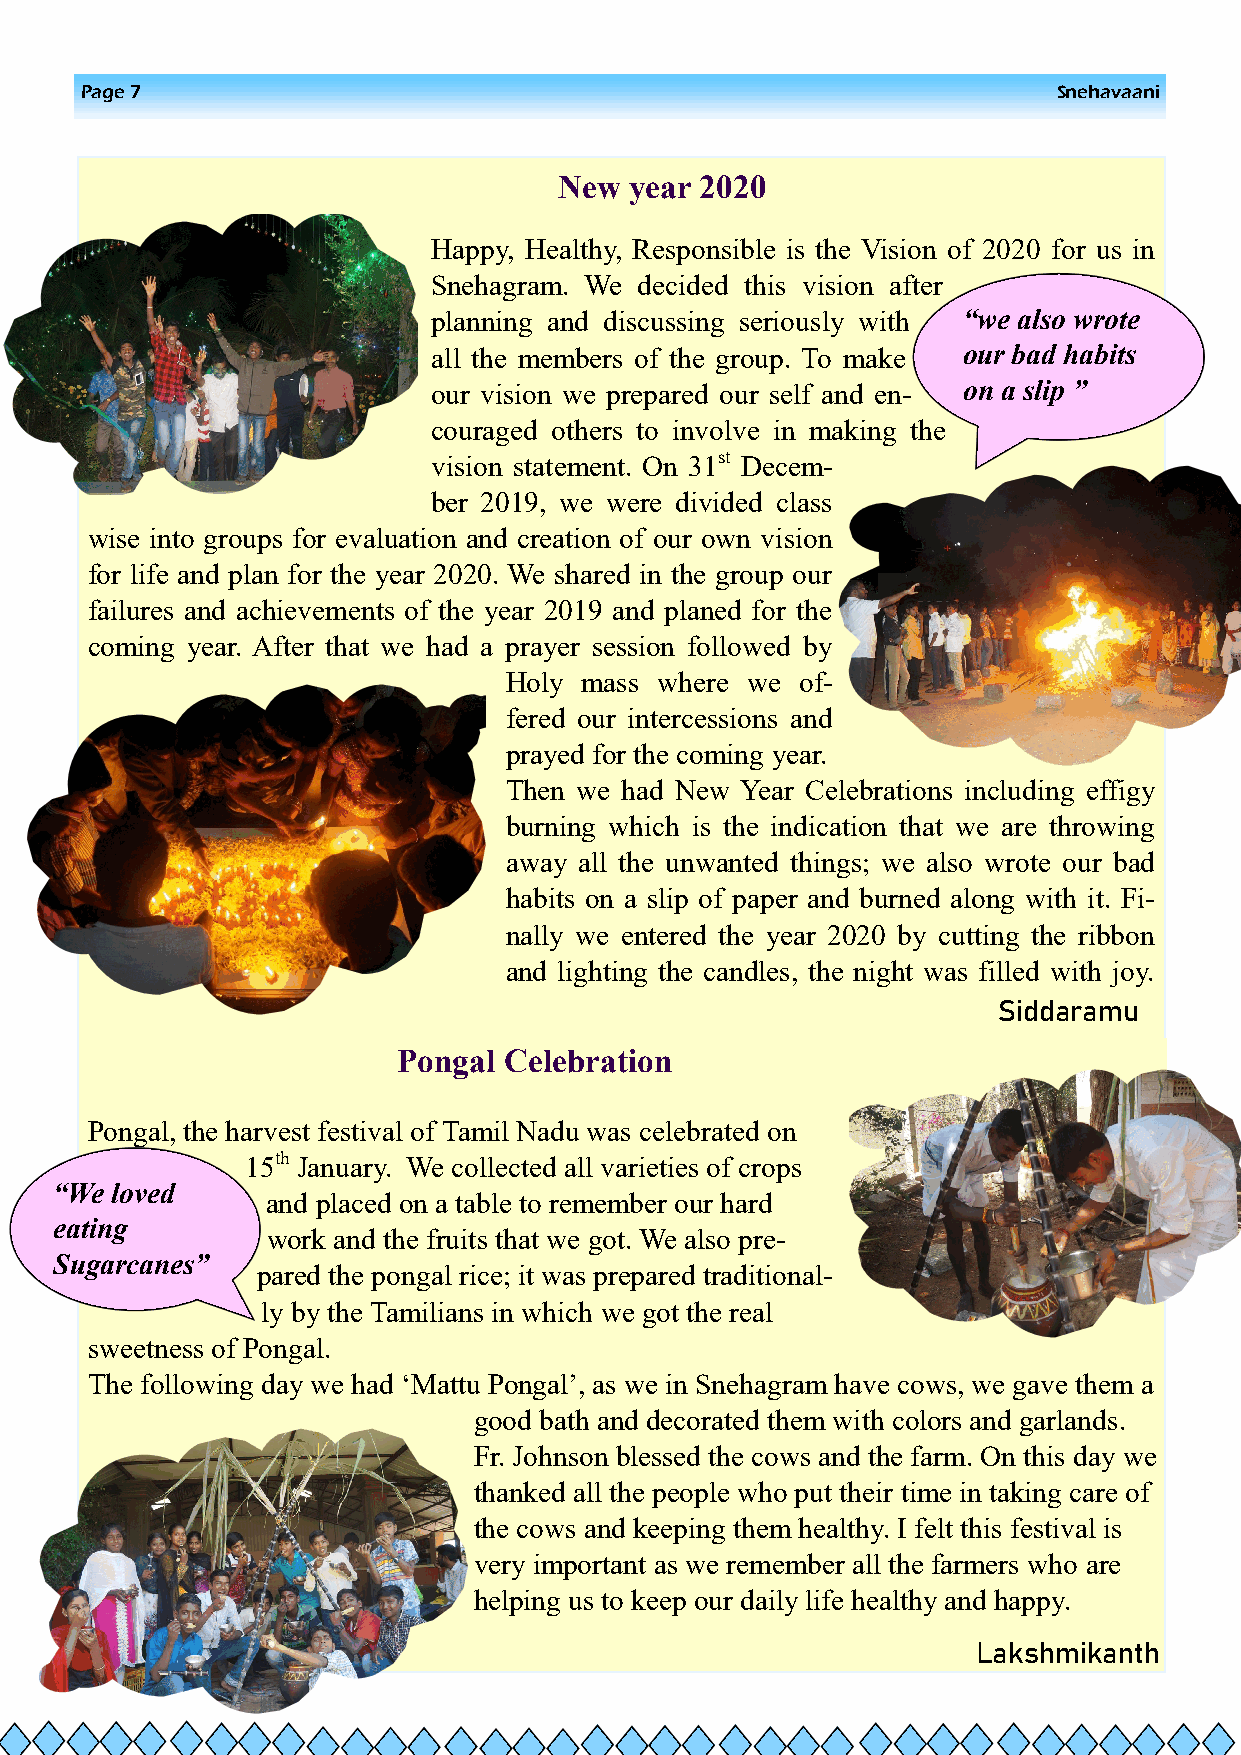
Page 7                                                           Snehavaani
 New  year 2020
 Happy, Healthy, Responsible is the Vision of 2020 for us in
 Snehagram. We decided this vision after
 planning and discussing seriously with “we also wrote
 all the members of the group. To make our bad habits
 our vision we prepared our self and en- on a slip ”
 couraged others to involve in making the
 vision statement. On 31st Decem-
 ber 2019, we were divided class
 wise into groups for evaluation and creation of our own vision
 for life and plan for the year 2020. We shared in the group our
 failures and achievements of the year 2019 and planed for the
 coming year. After that we had a prayer session followed by
 Holy  mass where we of-
 fered our intercessions and
 prayed for the coming year.
 Then we had New Year Celebrations including effigy
 burning which is the indication that we are throwing
 away all the unwanted things; we also wrote our bad
 habits on a slip of paper and burned along with it. Fi-
 nally we entered the year 2020 by cutting the ribbon
 and lighting the candles, the night was filled with joy.
 Siddaramu
 Pongal Celebration
 Pongal, the harvest festival of Tamil Nadu was celebrated on
 15th January. We collected all varieties of crops
 “We loved
 and placed on a table to remember our hard
 eating
 work and the fruits that we got. We also pre-
 Sugarcanes”
 pared the pongal rice; it was prepared traditional-
 ly by the Tamilians in which we got the real
 sweetness of Pongal.
 The following day we had „Mattu Pongal‟, as we in Snehagram have cows, we gave them a
 good bath and decorated them with colors and garlands.
 Fr. Johnson blessed the cows and the farm. On this day we
 thanked all the people who put their time in taking care of
 the cows and keeping them healthy. I felt this festival is
 very important as we remember all the farmers who are
 helping us to keep our daily life healthy and happy.
 Lakshmikanth